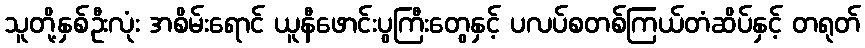
သူတို့နှစ်ဦးလုံး အစိမ်းရောင် ယူနီဖောင်းပွကြီးတွေနှင့် ပလပ်စတစ်ကြယ်တံဆိပ်နှင့် တရုတ်